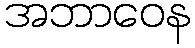
အဘာဝေန